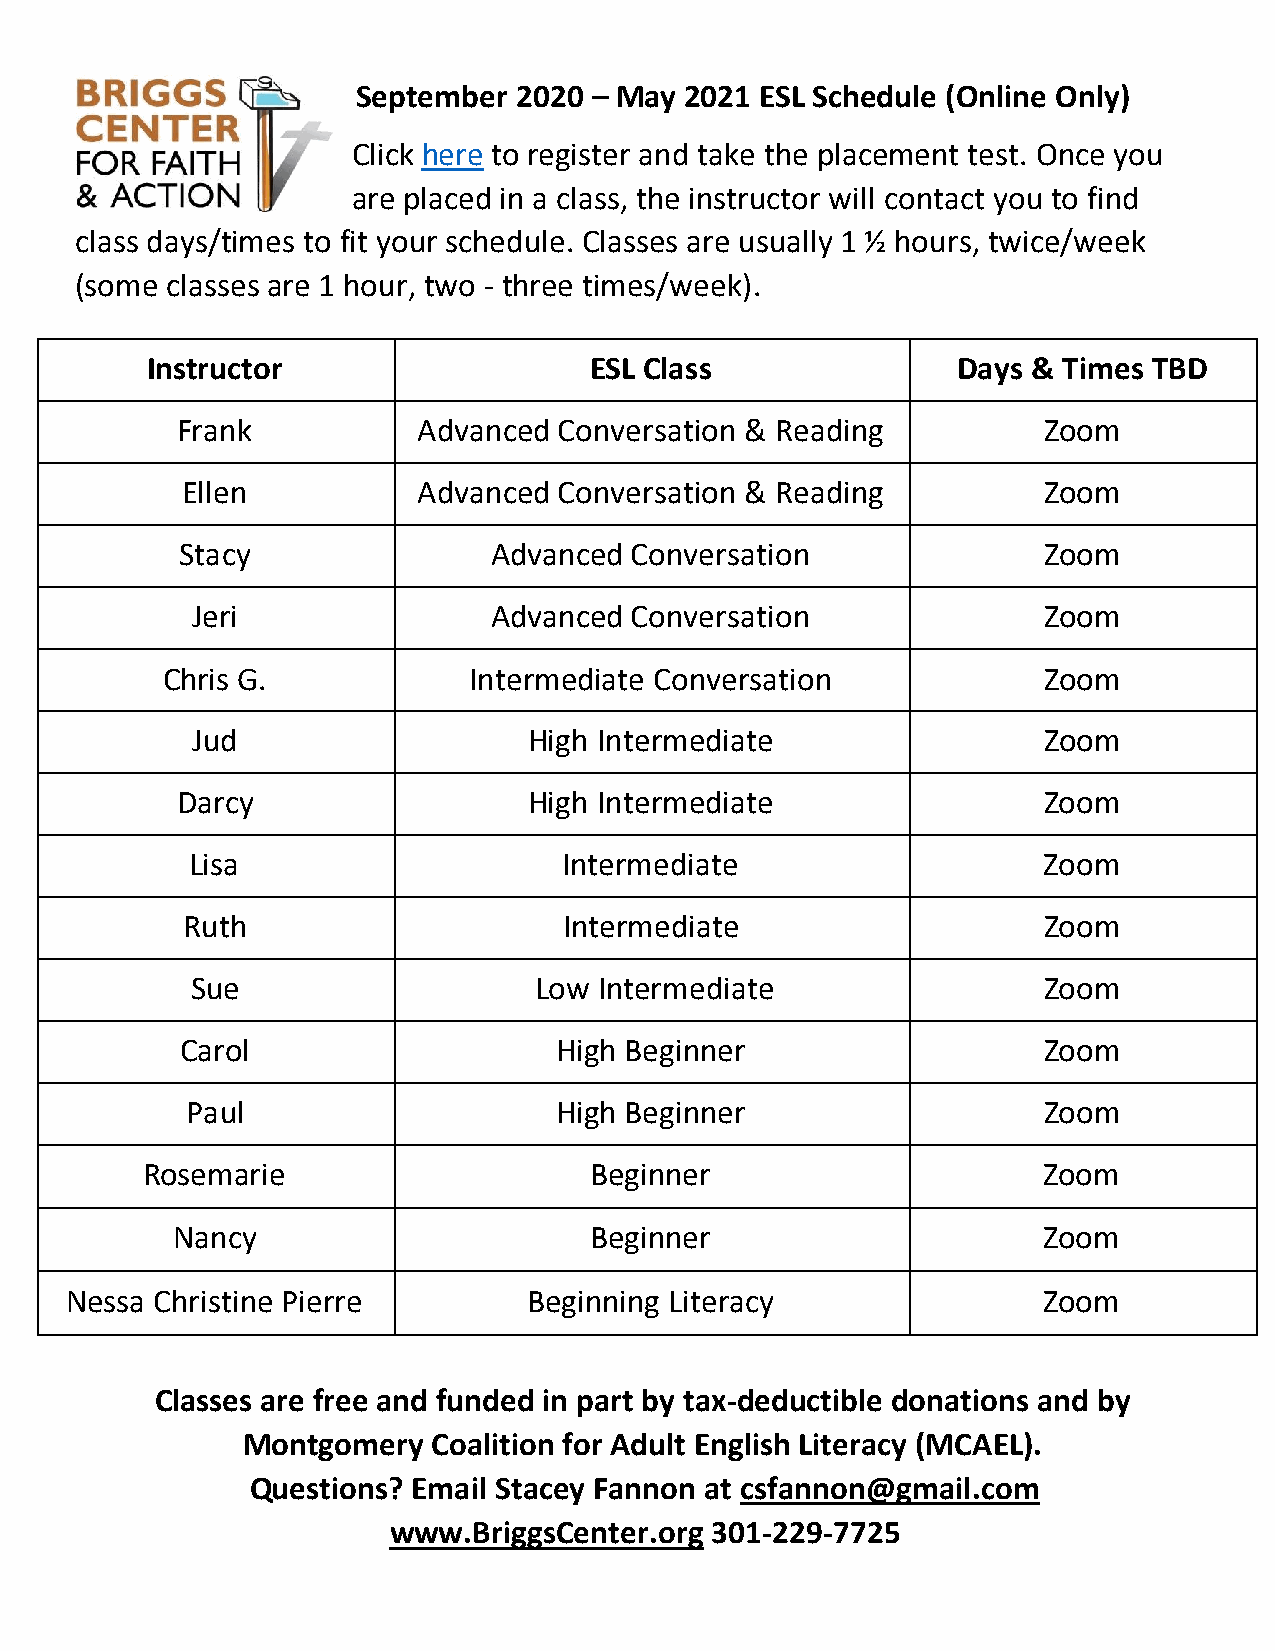
September 2020 – May 2021 ESL Schedule (Online Only)
 Click here to register and take the placement test. Once you
 are placed in a class, the instructor will contact you to find
 class days/times to fit your schedule. Classes are usually 1 ½ hours, twice/week
 (some classes are 1 hour, two - three times/week).
 Instructor                   ESL Class               Days & Times TBD
 Frank           Advanced Conversation & Reading          Zoom
 Ellen           Advanced Conversation & Reading          Zoom
 Stacy               Advanced  Conversation               Zoom
 Jeri               Advanced  Conversation               Zoom
 Chris G.            Intermediate Conversation             Zoom
 Jud                   High Intermediate                 Zoom
 Darcy                  High Intermediate                 Zoom
 Lisa                    Intermediate                    Zoom
 Ruth                     Intermediate                    Zoom
 Sue                   Low  Intermediate                 Zoom
 Carol                    High Beginner                   Zoom
 Paul                     High Beginner                   Zoom
 Rosemarie                     Beginner                      Zoom
 Nancy                       Beginner                      Zoom
 Nessa Christine Pierre         Beginning Literacy                Zoom
 Classes are free and funded in part by tax-deductible donations and by
 Montgomery   Coalition for Adult English Literacy (MCAEL).
 Questions? Email Stacey Fannon at csfannon@gmail.com
 www.BriggsCenter.org 301-229-7725